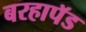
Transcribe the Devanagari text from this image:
बरहापॅड